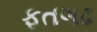
ફતગઢ